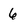
Character: 6